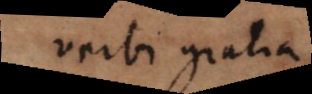
verbi gratia